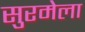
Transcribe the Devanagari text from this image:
सुरमेला